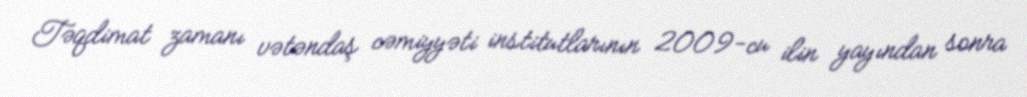
Təqdimat zamanı vətəndaş cəmiyyəti institutlarının 2009-cu ilin yayından sonra